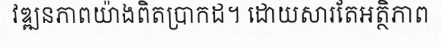
វឌ្ឍនភាពយ៉ាងពិតប្រាកដ។ ដោយសារតែអត្ថិភាព